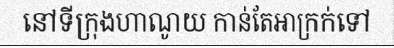
នៅទីក្រុងហាណូយ កាន់តែអាក្រក់ទៅ